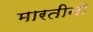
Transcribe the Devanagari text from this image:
मारतीनो